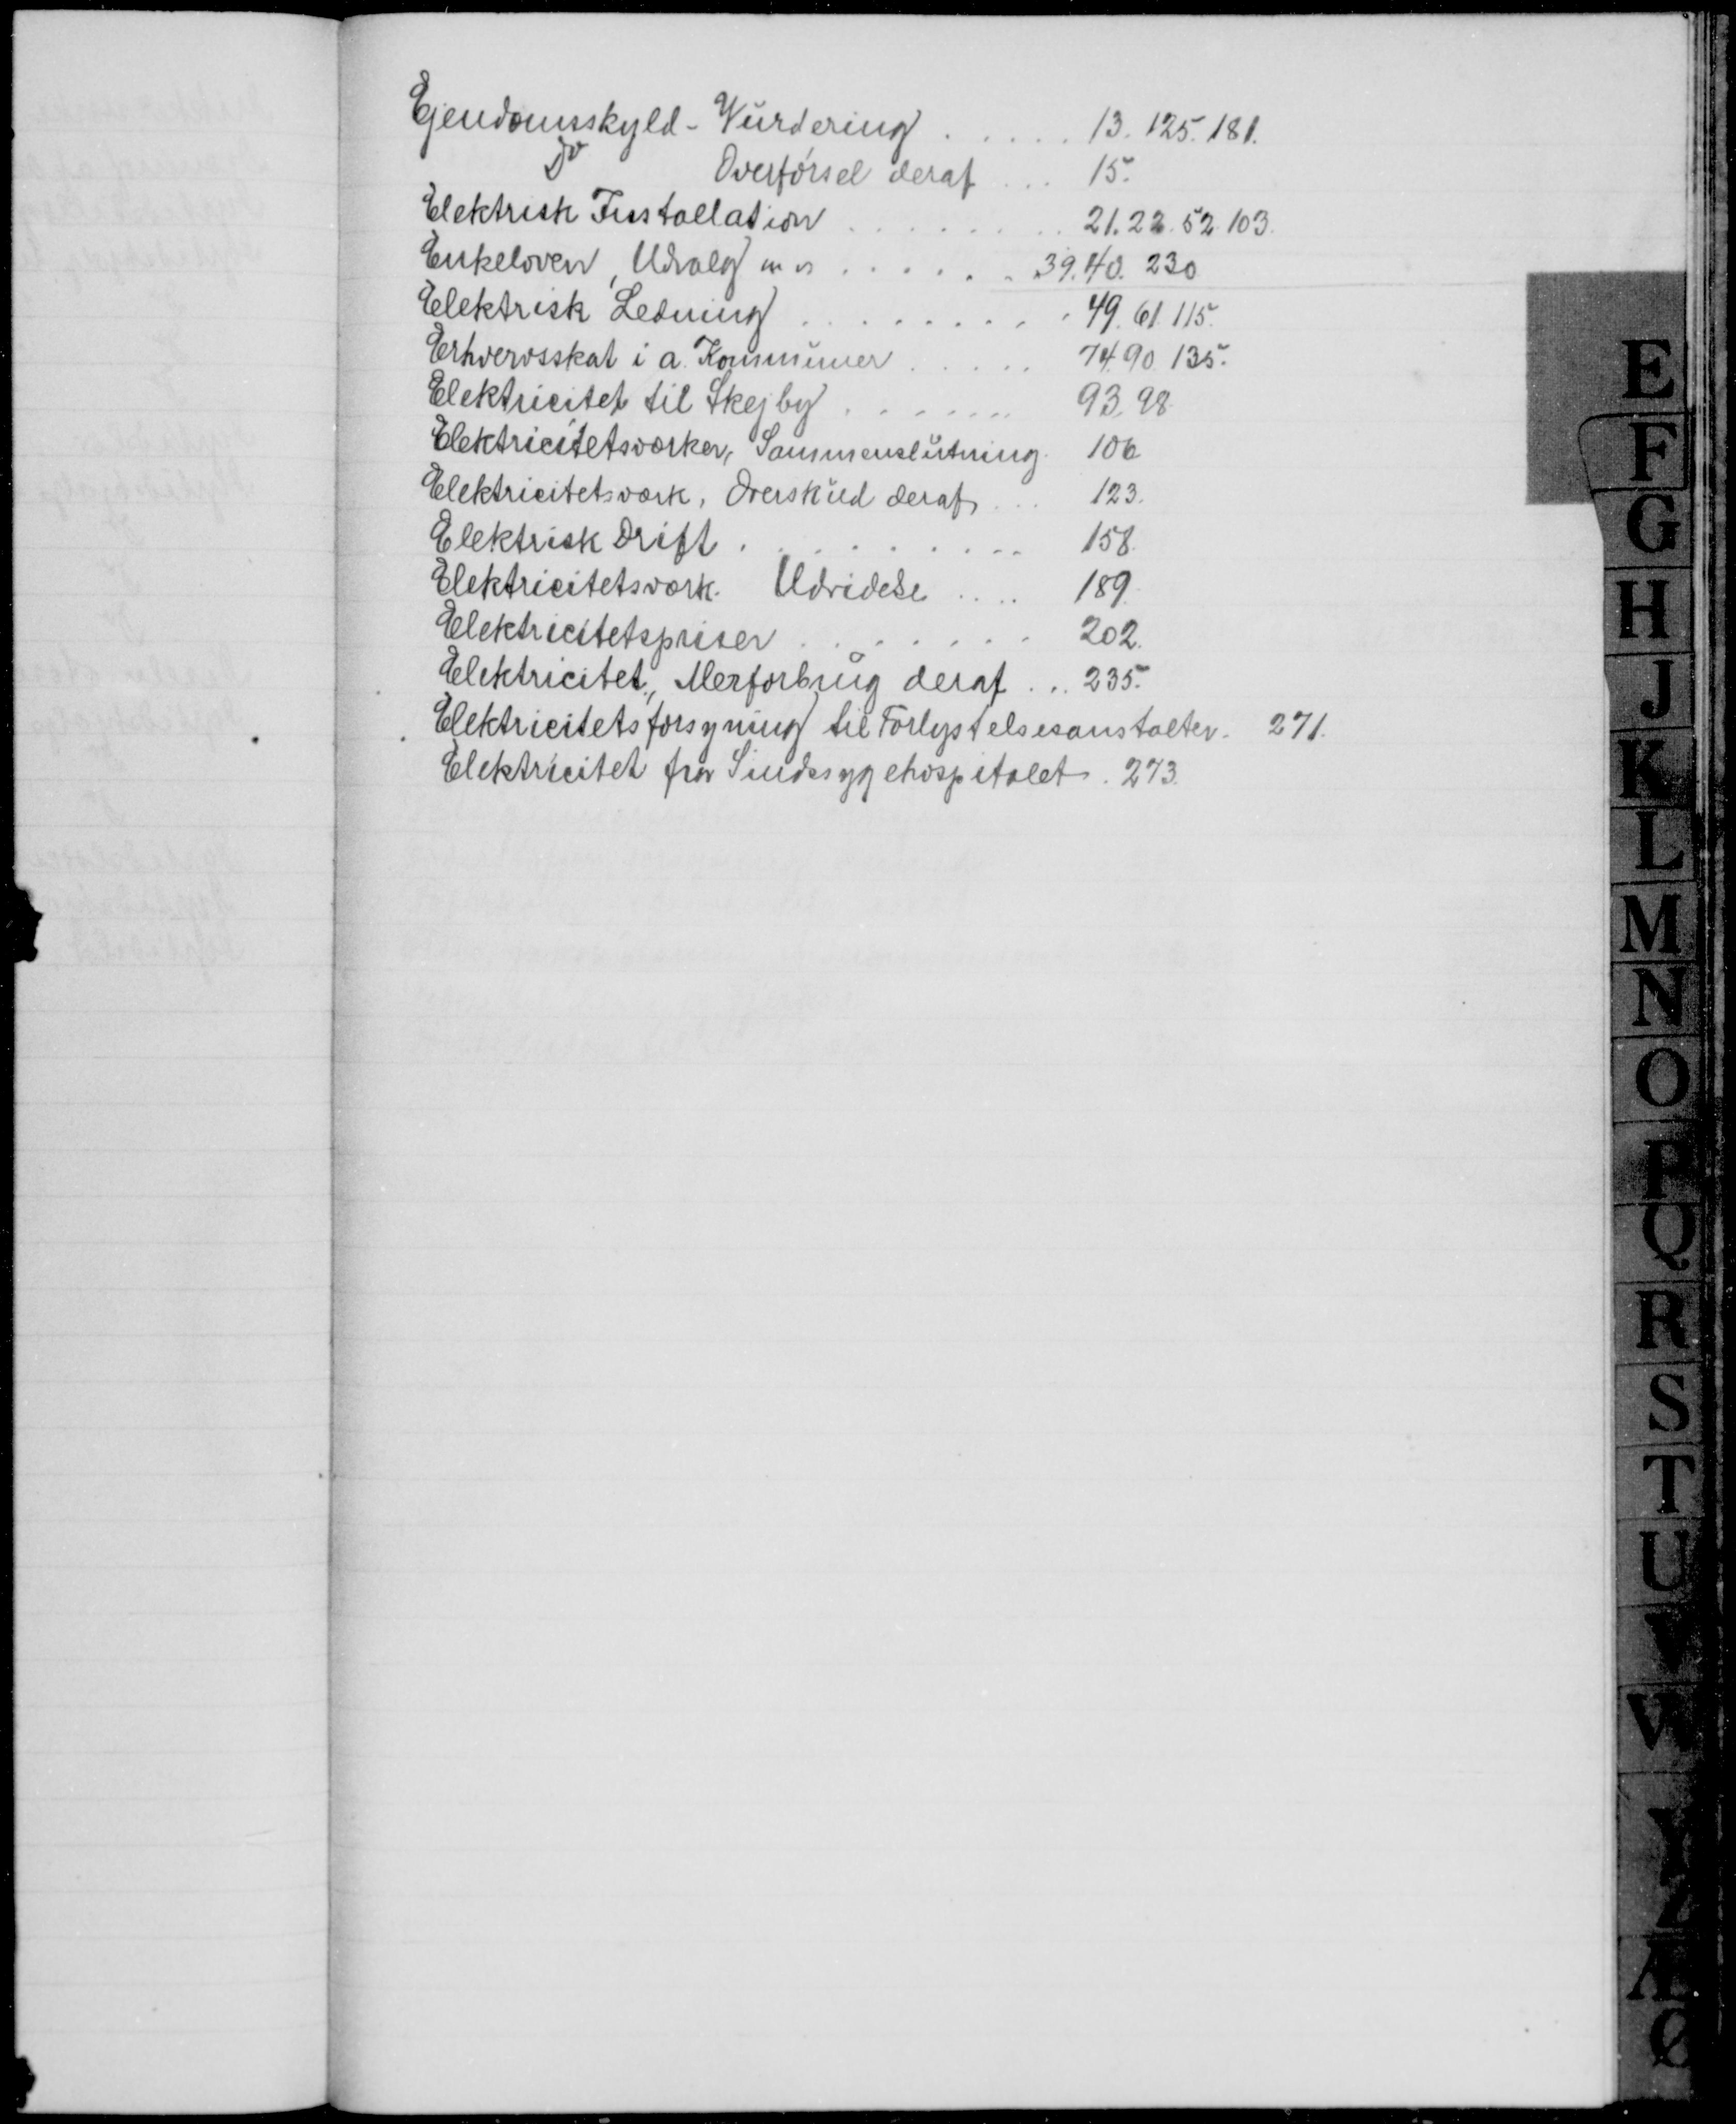
Transskription:
Ejendomsskyld-Vurdering
13.125.181.
Do
Overførsel deraf
15.
Elektrisk Installation
21. 22. 52. 103.
Enkeloven Udvalg m v
39. 40. 230
Elektrisk Ledning
49. 61. 115.
Erhvervsskat i a. Kommuner
74. 90. 135.
Elektricitet til Skejby
93. 98.
Elektricitetsværker, Sammenslutning
106.
Elektricitetsværk, Overskud deraf
123.
Elektrisk Drift
158.
Elektricitetsværk. Udvidelse
189
Elektricitetspriser
202.
Elektricitet, Merforbrug deraf
235.
Elektricitetsforsyning til Forlystelsesanstalter 271.
Elektricitet fra Sindssygehospitalet 273